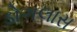
ડોગલાસ